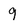
Character: 9